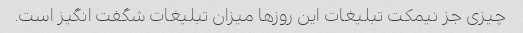
چیزی جز نیمکت تبلیغات این روزها میزان تبلیغات شگفت انگیز است.